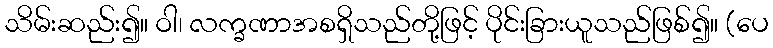
သိမ်းဆည်း၍။ ဝါ၊ လက္ခဏာအစရှိသည်တို့ဖြင့် ပိုင်းခြားယူသည်ဖြစ်၍။ (ပေ